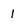
Character: 1